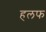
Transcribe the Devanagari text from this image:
हलफ